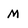
Character: M